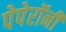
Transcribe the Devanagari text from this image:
पेपेरॉनी